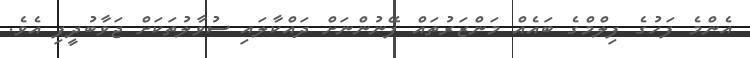
އެންމެ ފަހުގެ ފިލްމްގެ ބައެއް މަންޒަރުތައް ފޭނުންނަށް ދައްކާލައި ސުވާލުތަކަށް ޖަވާބުދީފި އެވެ.